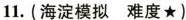
11.(海淀模拟 难度★)